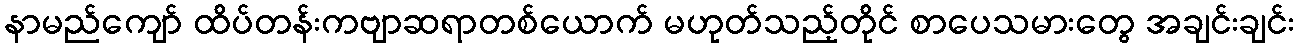
နာမည်ကျော် ထိပ်တန်းကဗျာဆရာတစ်ယောက် မဟုတ်သည့်တိုင် စာပေသမားတွေ အချင်းချင်း